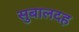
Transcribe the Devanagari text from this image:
सुबालदह